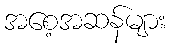
အစေ့အဆန်များ